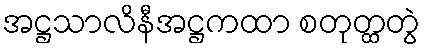
အဋ္ဌသာလိနီအဋ္ဌကထာ စတုတ္ထတွဲ